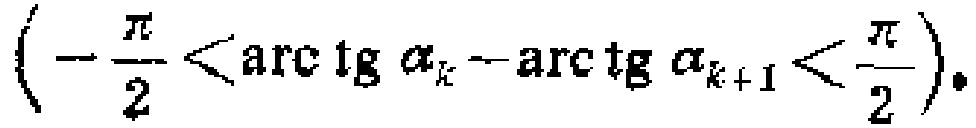
\(\left(-\frac{\pi}{2}<\mathrm{arc}\,\mathrm{tg}\,\alpha_{k}-\mathrm{arc}\,\mathrm{tg}\,\alpha_{k + 1}<\frac{\pi}{2}\right).\)